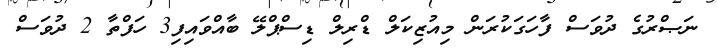
ނަޞްރުގެ ދުވަސް ފާހަގަކުރަން މިއުޒިކަލް ޑްރިލް ޑިސްޕްލޭ ބާއްވައިފި3 ހަފްތާ 2 ދުވަސް